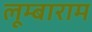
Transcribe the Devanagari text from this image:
लूम्बाराम